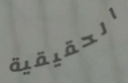
الحقيقية